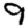
Digit: 9